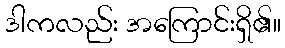
ဒါကလည်း အကြောင်းရှိ၏။